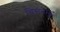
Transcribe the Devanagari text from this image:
चिन्तनमूढ़